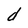
Character: d